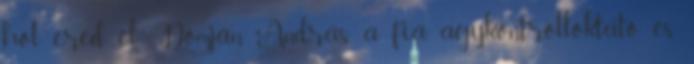
hol éred el Domján András a fia, agykontrolloktató és